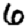
Digit: 6